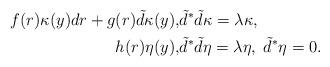
LaTeX: \begin{align*}f(r)\kappa(y) dr + g(r) \tilde{d}\kappa(y), &\tilde{d}^*\tilde{d}\kappa = \lambda\kappa, \\h(r) \eta(y), &\tilde{d}^*\tilde{d}\eta = \lambda\eta, \; \tilde{d}^*\eta = 0. \end{align*}